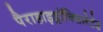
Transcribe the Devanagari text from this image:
पैराहाइड्रॉक्सिलेटेड